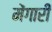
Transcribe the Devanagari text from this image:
मेंगारी